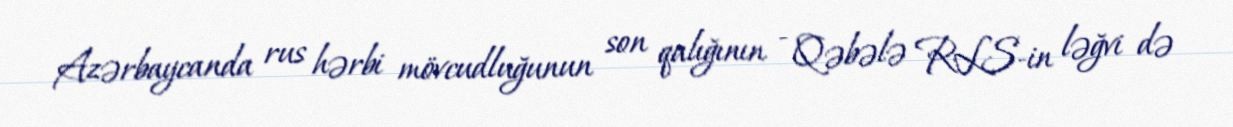
Azərbaycanda rus hərbi mövcudluğunun son qalığının - Qəbələ RLS-in ləğvi də